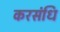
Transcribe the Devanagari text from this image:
करसंधि